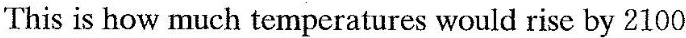
This is how much temperatures would rise by 2100